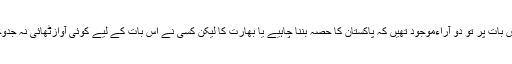
قیام پاکستان کے وقت بھی ان نیشنلسٹوں میں اس بات پر تو دو آراءموجود تھیں کہ پاکستان کا حصہ بننا چاہیے یا بھارت کا لیکن کسی نے اس بات کے لیے کوئی آوازٹھائی نہ جدوجہد کی کہ انہیں افغانستان کا حصہ بننا چاہیے۔